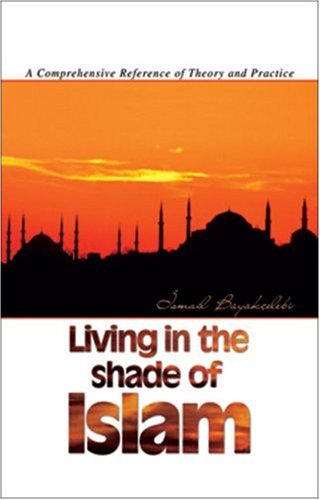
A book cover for Living In The Shade of Islam; Ismail Buyukcelebi; Religion & Spirituality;